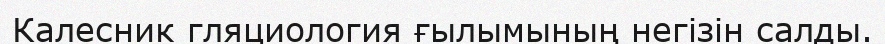
Калесник гляциология ғылымының негізін салды.